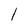
Character: 1